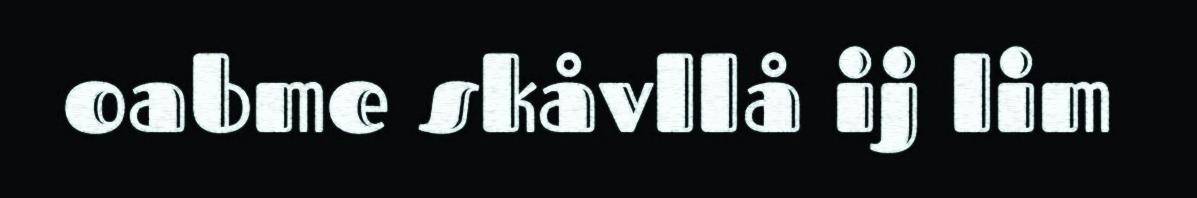
oabme skåvllå ij lim